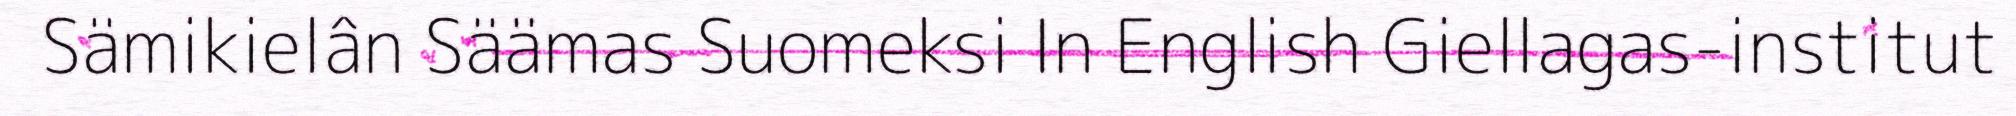
Sämikielân Säämas Suomeksi In English Giellagas-institut